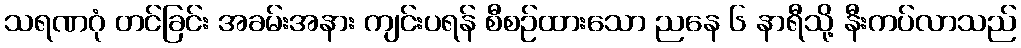
သရဏဂုံ တင်ခြင်း အခမ်းအနား ကျင်းပရန် စီစဉ်ထားသော ညနေ ၆ နာရီသို့ နီးကပ်လာသည်